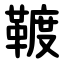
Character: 䩲